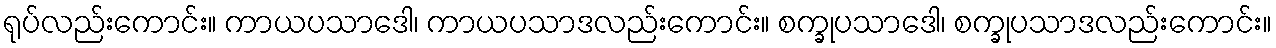
ရုပ်လည်းကောင်း။ ကာယပသာဒေါ၊ ကာယပသာဒလည်းကောင်း။ စက္ခုပသာဒေါ၊ စက္ခုပသာဒလည်းကောင်း။